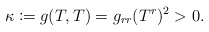
\begin{align*} \kappa\coloneqq g(T,T)=g_{rr}(T^r)^2>0.\end{align*}